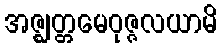
အဇ္ဈတ္တမေဝုဇ္ဇလယာမိ